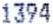
1394